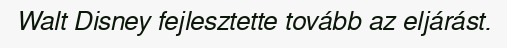
Walt Disney fejlesztette tovább az eljárást.